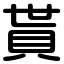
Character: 貰